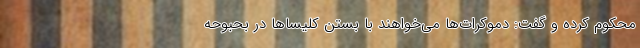
محکوم کرده و گفت: دموکرات‌ها می‌خواهند با بستن کلیساها در بحبوحه